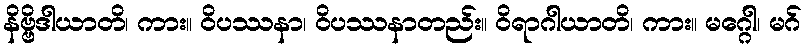
နိဗ္ဗိဒါယာတိ၊ ကား။ ဝိပဿနာ၊ ဝိပဿနာတည်း။ ဝိရာဂါယာတိ၊ ကား။ မဂ္ဂေါ၊ မဂ်